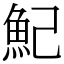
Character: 魢